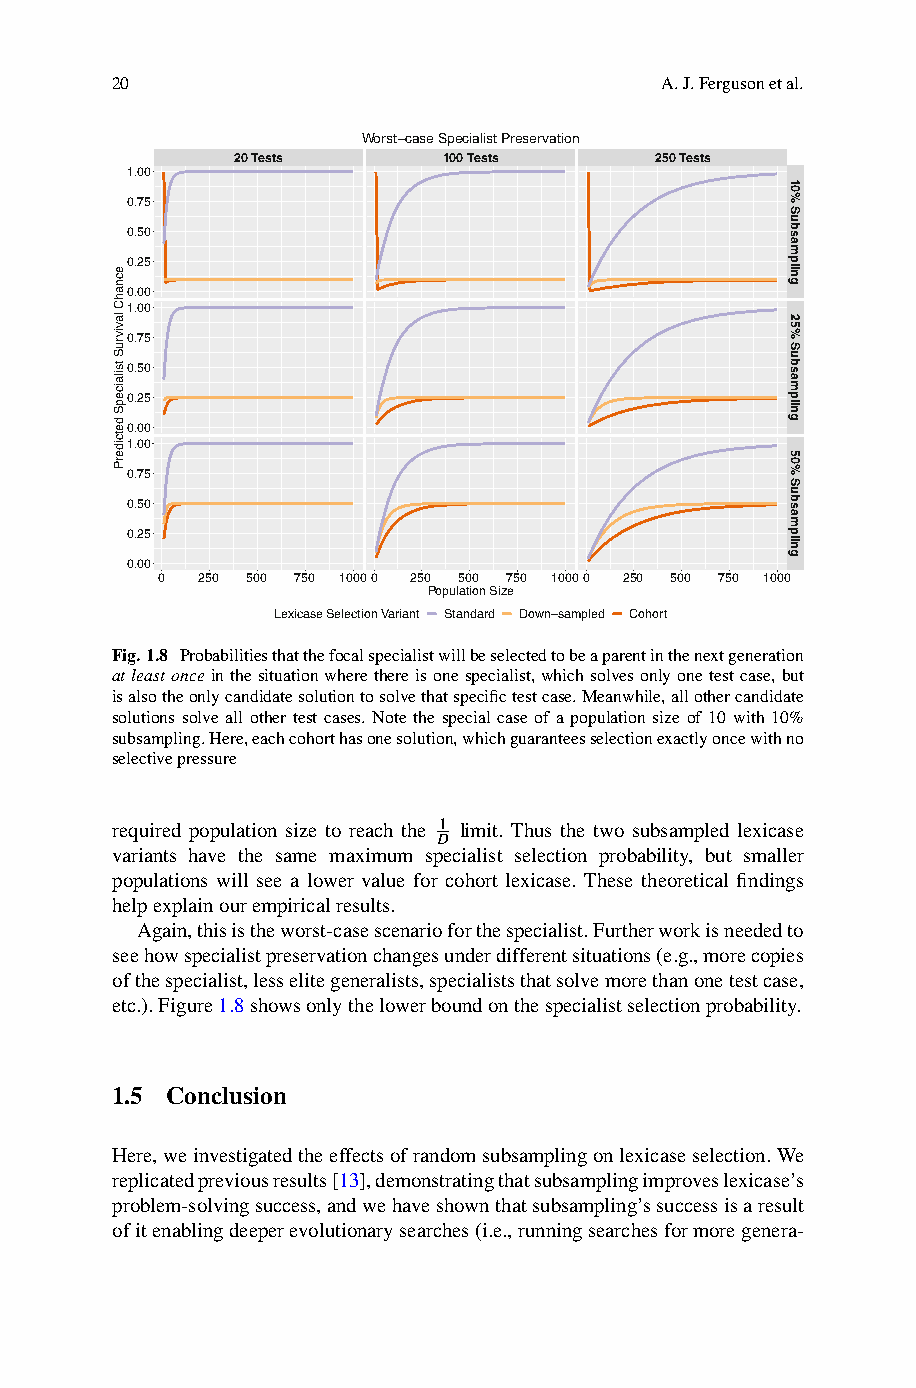
20                                   A.J.Fergusonetal.
 Worst−case Specialist Preservation
 20 Tests      100 Tests     250 Tests
 1.00
 0.75
 0.50
 0.25
 0.00
 1.00
 0.75
 0.50
 0.25
 0.00
 1.00
 0.75
 0.50
 0.25
 0.00
 0  250 500 750 10000 250 500 750 10000 250 500 750 1000
 Population Size
 Lexicase Selection Variant Standard Down−sampled Cohort
 Fig.1.8 Probabilitiesthatthefocalspecialistwillbeselectedtobeaparentinthenextgeneration
 atleastonceinthesituationwherethereisonespecialist,whichsolvesonlyonetestcase,but
 isalsotheonlycandidatesolutiontosolvethatspecifictestcase.Meanwhile,allothercandidate
 solutions solve all other test cases. Note the special case of a population size of 10 with 10%
 subsampling.Here,eachcohorthasonesolution,whichguaranteesselectionexactlyoncewithno
 selectivepressure
 required population size to reach the 1 limit. Thus the two subsampled lexicase
 D
 variants have the same maximum specialist selection probability, but smaller
 populations will see a lower value for cohort lexicase. These theoretical findings
 helpexplainourempiricalresults.
 Again,thisistheworst-casescenarioforthespecialist.Furtherworkisneededto
 seehowspecialistpreservationchangesunderdifferentsituations(e.g.,morecopies
 ofthespecialist,lesselitegeneralists,specialiststhatsolvemorethanonetestcase,
 etc.).Figure1.8showsonlythelowerboundonthespecialistselectionprobability.
 1.5 Conclusion
 Here,weinvestigatedtheeffectsofrandomsubsamplingonlexicaseselection.We
 replicatedpreviousresults[13],demonstratingthatsubsamplingimproveslexicase’s
 problem-solvingsuccess,andwehaveshownthatsubsampling’ssuccessisaresult
 ofitenablingdeeperevolutionarysearches(i.e.,runningsearchesformoregenera-
 ecnahC
 lavivruS
 tsilaicepS
 detciderP
 10%
 Subsampling
 25%
 Subsampling
 50%
 Subsampling